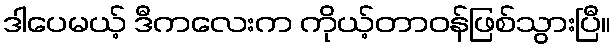
ဒါပေမယ့် ဒီကလေးက ကိုယ့်တာဝန်ဖြစ်သွားပြီ။